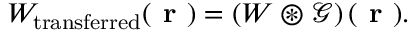
W _ { \mathrm { t r a n s f e r r e d } } ( \textbf { r } ) = \left( W \circledast \mathcal { G } \right) ( \textbf { r } ) .